Lunatic asylums Central Provinces reports 1895-1909 - 1895-1909
Year: 1895
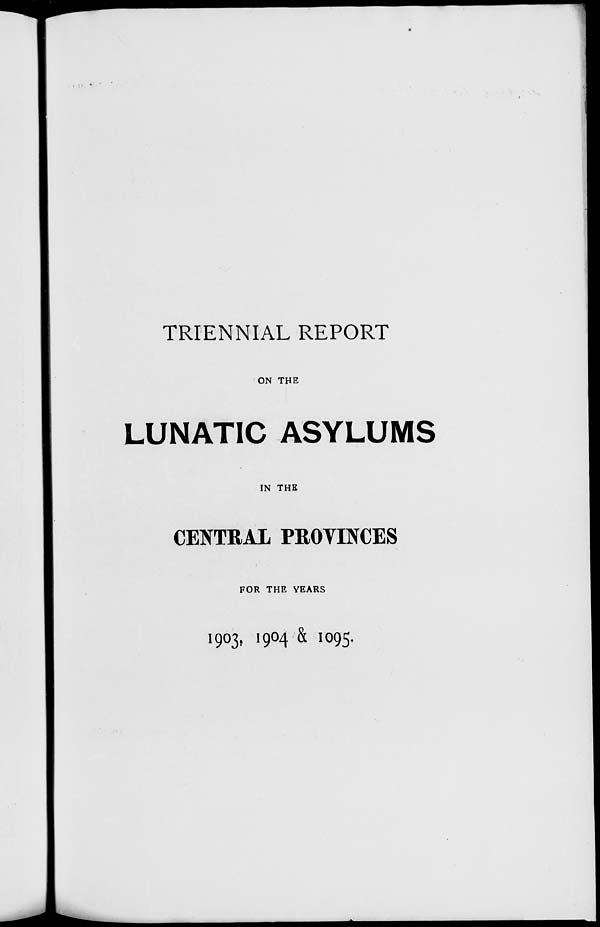
TRIENNIAL REPORT
ON THE
LUNATIC ASYLUMS
IN THE
CENTRAL PROVINCES
FOR THE YEARS
1903. 1904 & 1095.